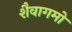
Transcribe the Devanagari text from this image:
शैवागमो